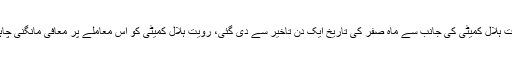
رویت ہلال کمیٹی کی جانب سے ماہ صفر کی تاریخ ایک دن تاخیر سے دی گئی، رویت ہلال کمیٹی کو اس معاملے پر معافی مانگنی چاہیے۔